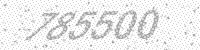
Solution: 785500